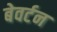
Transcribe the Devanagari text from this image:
बेवर्टन